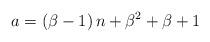
LaTeX: \begin{align*}a=\left(\beta-1\right)n+\beta^{2}+\beta+1\end{align*}